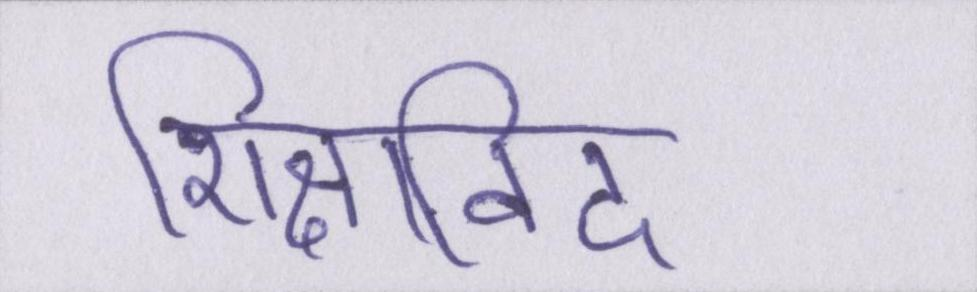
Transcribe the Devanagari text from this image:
शिक्षाविद